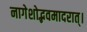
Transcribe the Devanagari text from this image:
नागेशोद्भवमादरात्‌।